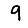
Digit: 9